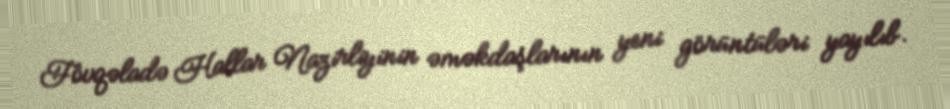
Fövqəladə Hallar Nazirliyinin əməkdaşlarının yeni görüntüləri yayılıb.